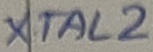
Text: XTAL2